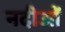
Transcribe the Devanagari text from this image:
नदीओं